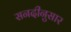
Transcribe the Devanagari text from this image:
सनदीनुसार